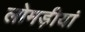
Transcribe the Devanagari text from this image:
लोमड़ीयां